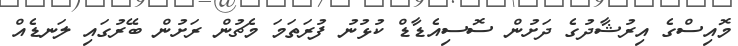
މޮއިސްގެ އިރުޝާދުގެ ދަށުން ސޮސިއެޑާޑް ކުޅުނު ފުރަތަމަ މެޗުން ރަށުން ބޭރުގައި ލަނޑެއް